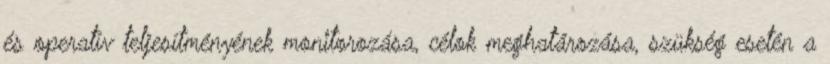
és operatív teljesítményének monitorozása, célok meghatározása, szükség esetén a